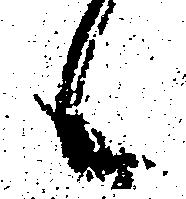
候